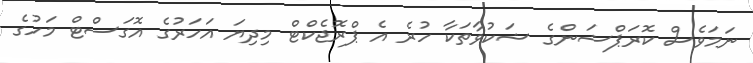
ނަމަވެސް ކޮރަޕްޝަންގެ ޝަކުވާތަކާ ހުރެ އެ ޕްރޮޖެކްޓް މިދިޔަ އަހަރުގެ އޮގަސްޓް މަހުގެ